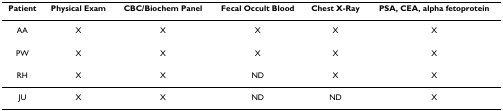
<table><thead><tr><td><b>Patient</b></td><td><b>Physical Exam</b></td><td><b>CBC/Biochem Panel</b></td><td><b>Fecal Occult Blood</b></td><td><b>Chest X-Ray</b></td><td><b>PSA, CEA, alpha fetoprotein</b></td></tr></thead><tbody><tr><td>AA</td><td>X</td><td>X</td><td>X</td><td>X</td><td>X</td></tr><tr><td>PW</td><td>X</td><td>X</td><td>X</td><td>X</td><td>X</td></tr><tr><td>RH</td><td>X</td><td>X</td><td>ND</td><td>X</td><td>X</td></tr><tr><td>JU</td><td>X</td><td>X</td><td>ND</td><td>ND</td><td>X</td></tr></tbody></table>